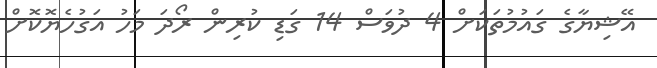
އޭޝިޔާގެ ގައުމުތަކަށް 4 ދުވަސް 14 ގަޑި ކުރިން ރޯދަ މަހު އަގުހެޔޮކޮށް